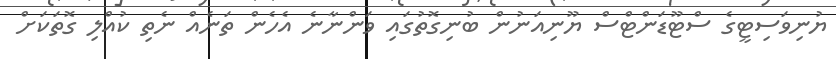
ޔުނިވަސިޓީގެ ސްޓޫޑަންޓްސް ޔޫނިއަނުން ބުނިގޮތުގައި ވަންނާނެ އެހެން ތަނެއް ނެތި ކުއްލި ގޮތަކަށް